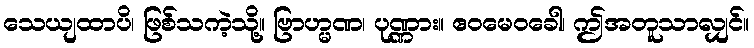
သေယျထာပိ၊ ဖြစ်သကဲ့သို့။ ဗြာဟ္မဏ၊ ပုဏ္ဏား။ ဧဝမေဝခေါ၊ ဤအတူသာလျှင်။